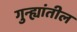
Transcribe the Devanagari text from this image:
गुन्ह्यांतील